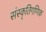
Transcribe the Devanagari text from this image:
संस्कृतिगणिक